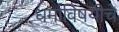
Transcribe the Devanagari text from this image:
धर्माविषयीचे